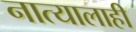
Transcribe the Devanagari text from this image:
नात्यालाही